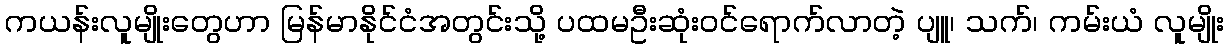
ကယန်းလူမျိုးတွေဟာ မြန်မာနိုင်ငံအတွင်းသို့ ပထမဦးဆုံးဝင်ရောက်လာတဲ့ ပျူ၊ သက်၊ ကမ်းယံ လူမျိုး